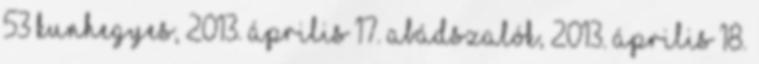
53 Kunhegyes, 2013. április 17. Abádszalók, 2013. április 18.